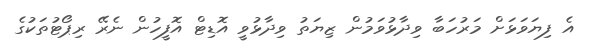
އެ ފިޔަވަޅަށް މަރުހަބާ ވިދާޅުވަމުން ޒިޔަތު ވިދާޅުވީ އޮޑިޓް އޮފީހުން ނެރޭ ރިޕޯޓުތަކުގެ